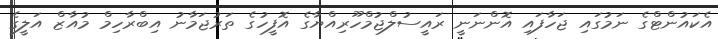
އެކައުންޓްގެ ނަމުގައި ޖަހާފައި އޮންނަނީ ރައީސުލްޖުމްހޫރިއްޔާގެ އޮފީހުގެ ތަރުޖަމާނު އިބްރާހިމް މުއާޒް އަލީގެ